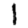
Digit: 1